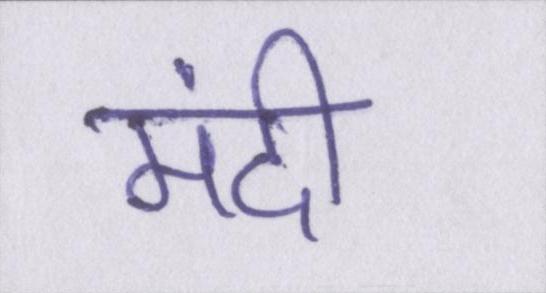
मंदी